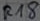
Text: R18